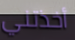
أخذتني